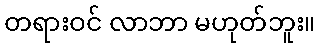
တရားဝင် လာဘာ မဟုတ်ဘူး။